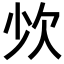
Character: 𣢒